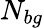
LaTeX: N_{bg}